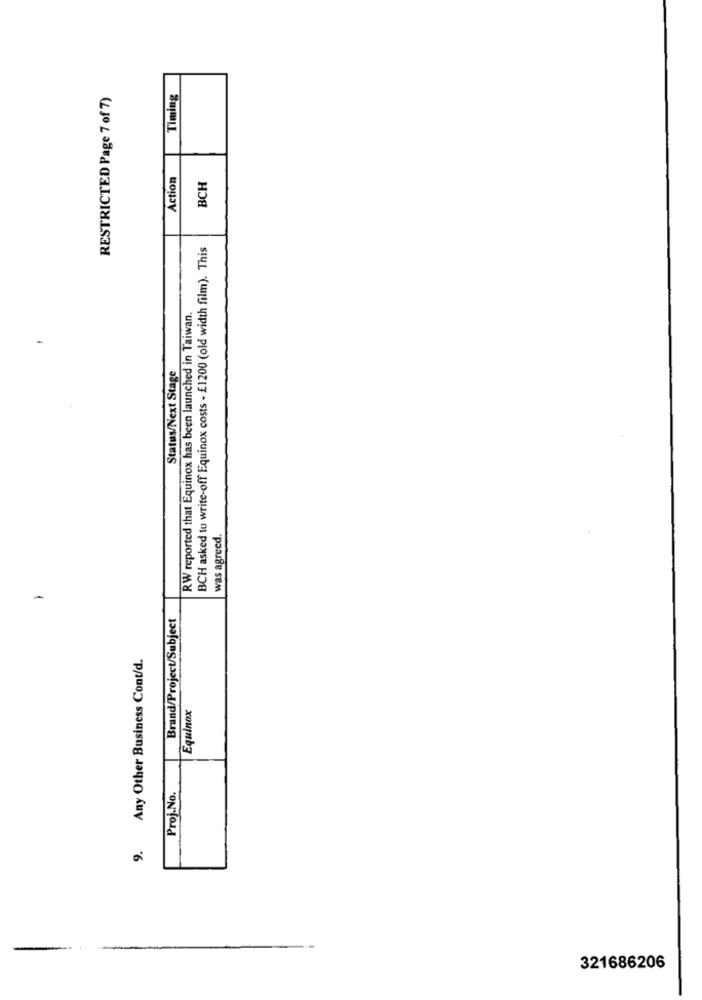
Timing
RESTRICTED Page 7 of 7)
Action
BCH
BCH asked to write-off Equinox costs - £1200 (old width film). This
RW reported that Equinox has been launched in Taiwan.
Status/Next Stage
was agreed.
-
Brand/Project/Subject
Any Other Business Cont/d.
Equinox
Proj.No.
9.
321686206